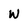
Character: w